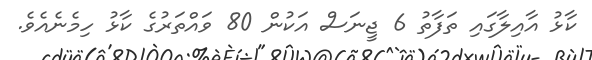
ކާޅު އާއިލާގައި ތަފާތު 6 ޖީނަސް އަކުން 80 ވައްތަރުގެ ކާޅު ހިމެނެއެވެ.